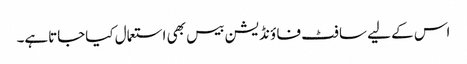
اس کے لیے سا فٹ فا ؤنڈیشن بیس بھی استعمال کیاجاتاہے۔